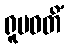
ရူပဝတိံ